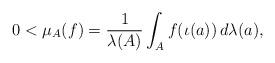
LaTeX: \begin{align*}0 < \mu_A(f) = \frac{1}{\lambda(A)} \int_A f(\iota(a)) \, d\lambda(a),\end{align*}